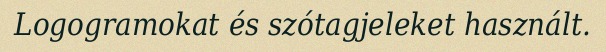
Logogramokat és szótagjeleket használt.